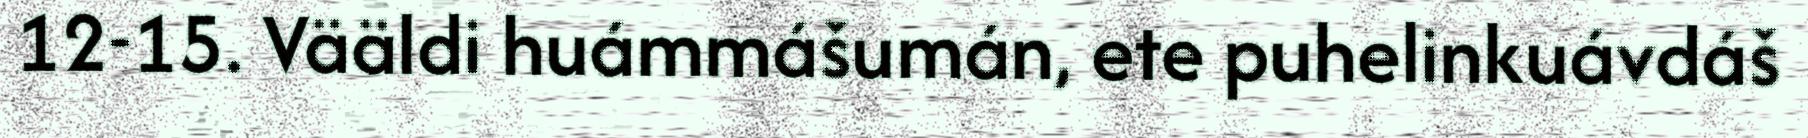
12-15. Vääldi huámmášumán, ete puhelinkuávdáš